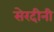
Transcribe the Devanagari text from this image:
सेरदीनी